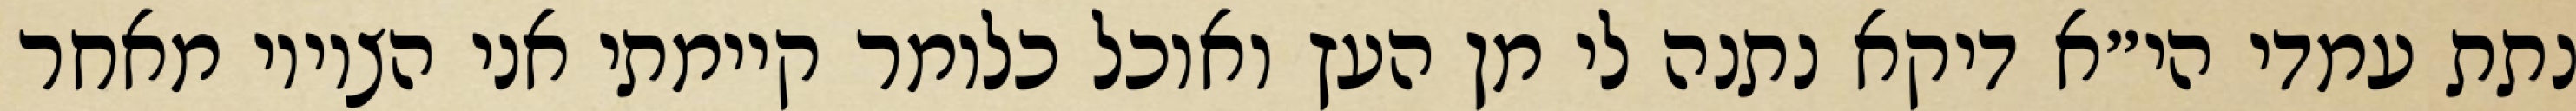
נתת עמדי הי״א דיקא נתנה לי מן העץ ואוכל כלומר קיימתי אני הציווי מאחר